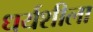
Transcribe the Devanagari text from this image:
धर्यशीला